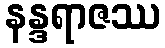
နန္ဒရာဇဿ